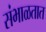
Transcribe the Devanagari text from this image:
संभाळतात